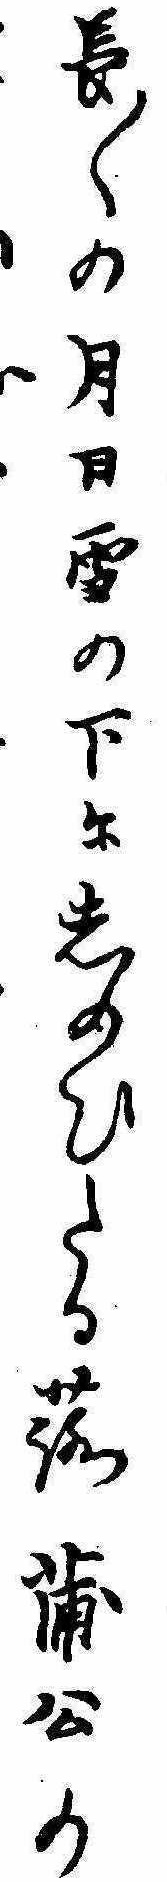
長〱の月日雪の下にしのひたる蕗蒲公の